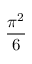
\frac { \pi ^ { 2 } } { 6 }